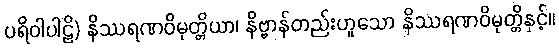
ပရိဝါပါဠိ) နိဿရဏဝိမုတ္တိယာ၊ နိဗ္ဗာန်တည်းဟူသော နိဿရဏဝိမုတ္တိနှင့်။